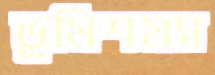
ভূমিশয্যা